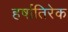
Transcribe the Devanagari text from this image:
हर्षातिरेक